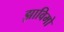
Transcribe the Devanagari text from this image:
झाविमो